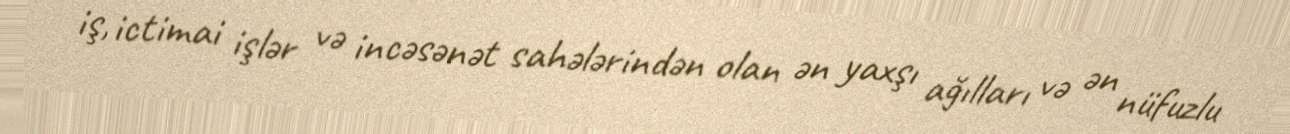
iş, ictimai işlər və incəsənət sahələrindən olan ən yaxşı ağılları və ən nüfuzlu